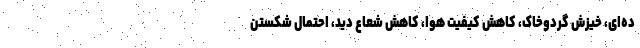
ده‌ای، خیزش گردوخاک، کاهش کیفیت هوا، کاهش شعاع دید، احتمال شکستن